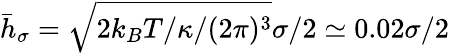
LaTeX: \bar{h}_{\sigma}=\sqrt{2k_{B}T/\kappa/(2\pi)^{3}}\sigma/2\simeq 0.02\sigma/2